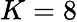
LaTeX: K=8